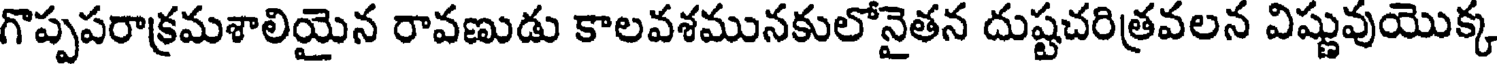
గొప్పపరాక్రమశాలియైన రావణుడు కాలవశమునకులోనైతన దుష్టచరిత్రవలన విష్ణువుయొక్క